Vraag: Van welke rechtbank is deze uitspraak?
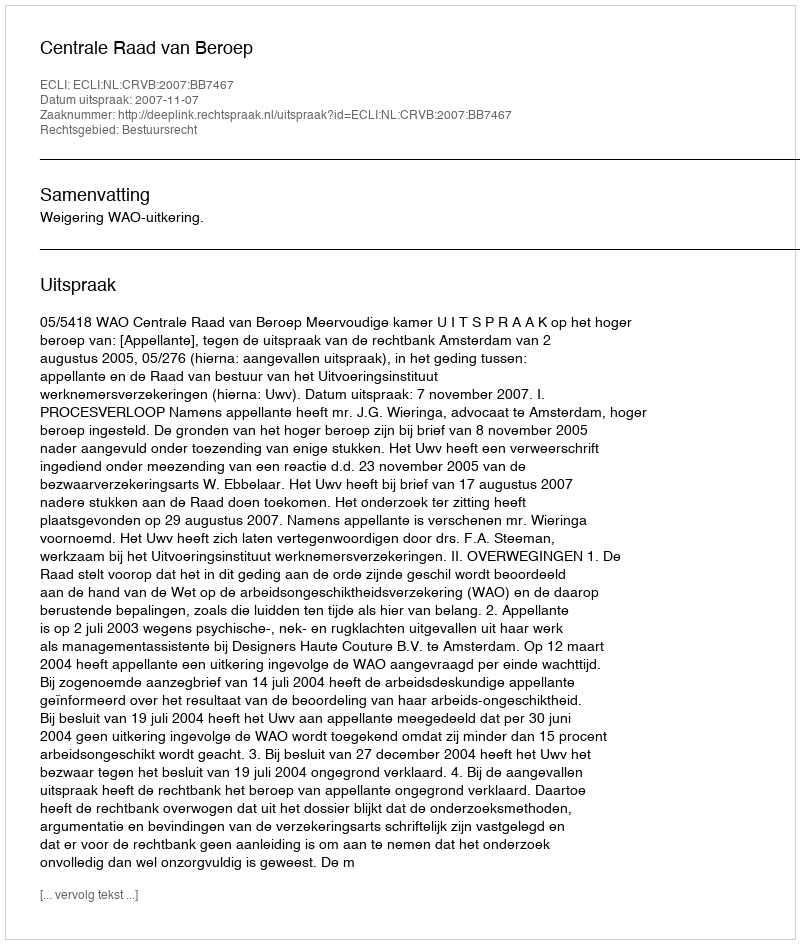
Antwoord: Centrale Raad van Beroep